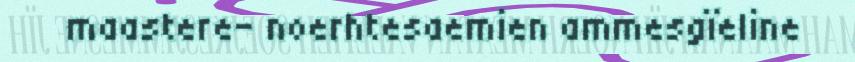
maastere- noerhtesaemien ammesgïeline